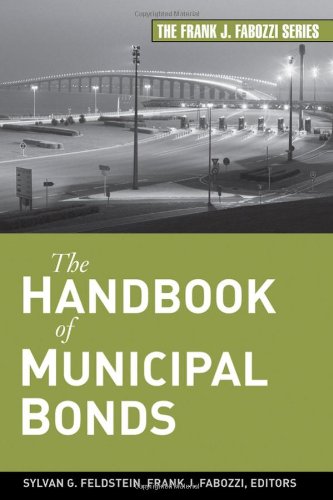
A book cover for The Handbook of Municipal Bonds; Sylvan G. Feldstein; Business & Money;